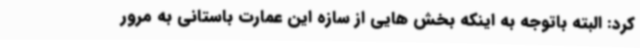
کرد: البته باتوجه به اینکه بخش هایی از سازه این عمارت باستانی به مرور